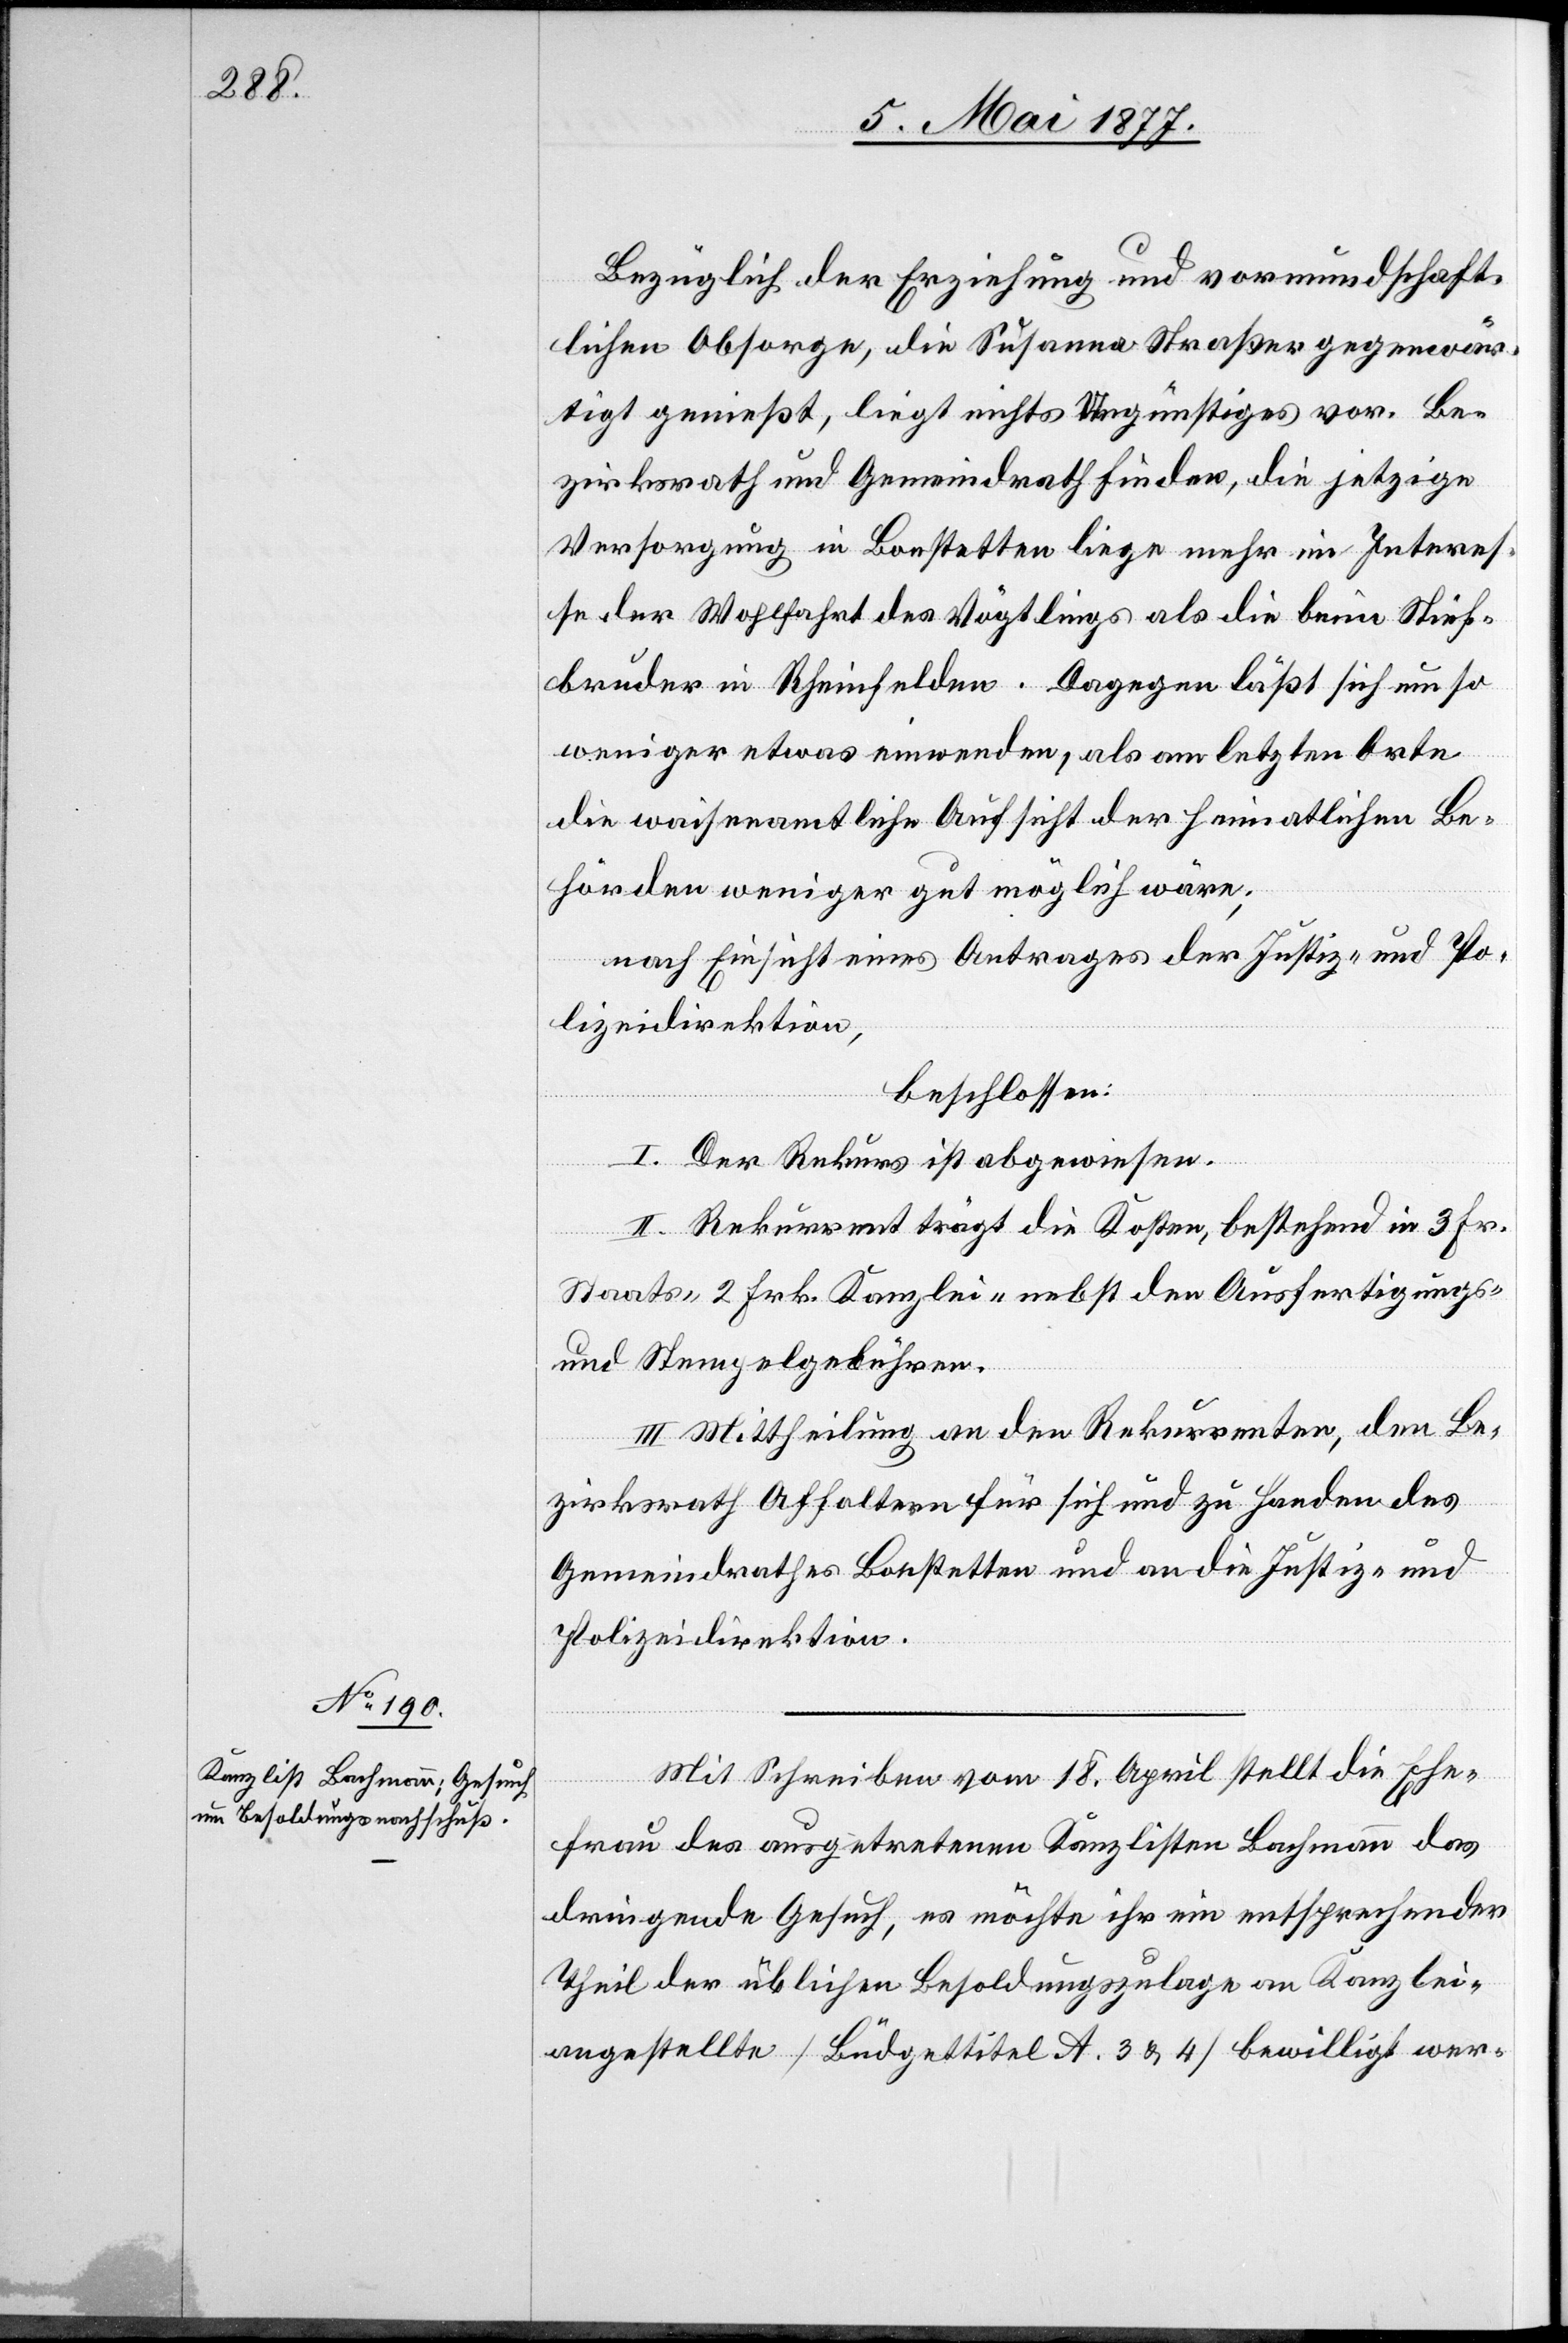
Bezüglich der Erziehung und vormundschaft¬
lichen Obsorge, die Susanna Straßer gegenwär¬
[sic!] genießt, liegt nichts Ungünstiges vor. Be¬
zirksrath und Gemeindrath finden, die jetzige
Versorgung in Bonstetten liege mehr im Interes¬
se der Wohlfahrt des Vögtlings als die beim Stief¬
bruder in Rheinfelden. Dagegen läßt sich um so
weniger etwas einwenden, als am letzten Orte
die waisenamtliche Aufsicht der heimatlichen Be¬
hörden weniger gut möglich wäre;
nach Einsicht eines Antrages der Justiz- und Po¬
lizeidirektion,
beschlossen:
I. Der Rekurs ist abgewiesen.
tigt
II. Rekurrent trägt die Kosten, bestehend in 3 Fr.
Staats- 2 Frk. Kanzlei- nebst den Ausfertigungs-
und Stempelgebühren.
III. Mittheilung an den Rekurrenten, den Be¬
zirksrath Affoltern für sich und zu Handen des
Gemeindrathes Bonstetten und an die Justiz- und
Polizeidirektion.
Mit Schreiben vom 18. April stellt die Ehe¬
frau des ausgetretenen Kanzlisten Bachmann das
dringende Gesuch, es möchte ihr ein entsprechender
Theil der üblichen Besoldungszulage an Kanzlei¬
angestellte [Büdgettitel A. 3 & 4] bewilligt wer-